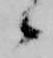
候